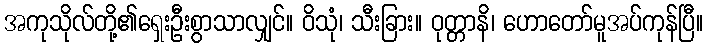
အကုသိုလ်တို့၏ရှေးဦးစွာသာလျှင်။ ဝိသုံ၊ သီးခြား။ ဝုတ္တာနိ၊ ဟောတော်မူအပ်ကုန်ပြီ။